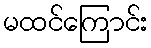
မထင်ကြောင်း